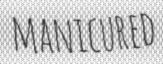
MANICURED